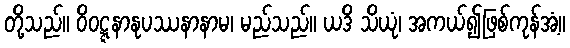
တို့သည်။ ဝိဝဋ္ဋနာနုပဿနာနာမ၊ မည်သည်။ ယဒိ သိယုံ၊ အကယ်၍ဖြစ်ကုန်အံ့။